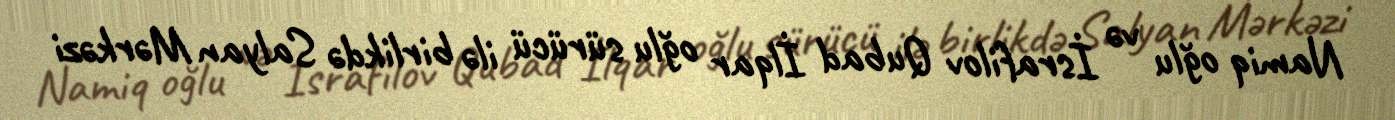
Namiq oğlu və İsrafilov Qubad İlqar oğlu sürücü ilə birlikdə Salyan Mərkəzi